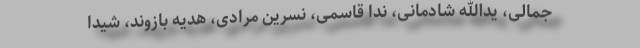
جمالی، یدالله شادمانی، ندا قاسمی، نسرین مرادی، هدیه بازوند، شیدا